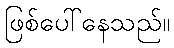
ဖြစ်ပေါ်နေသည်။